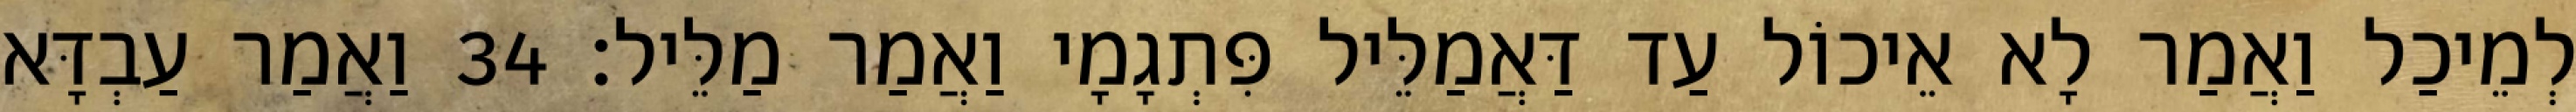
לְמֵיכַל וַאֲמַר לָא אֵיכוֹל עַד דַּאֲמַלֵּיל פִּתְגָמָי וַאֲמַר מַלֵּיל׃ 34 וַאֲמַר עַבְדָּא